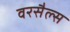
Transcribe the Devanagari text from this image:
वरसैल्स